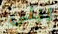
يبنى